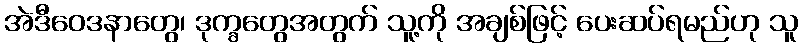
အဲဒီဝေဒနာတွေ၊ ဒုက္ခတွေအတွက် သူ့ကို အချစ်ဖြင့် ပေးဆပ်ရမည်ဟု သူ